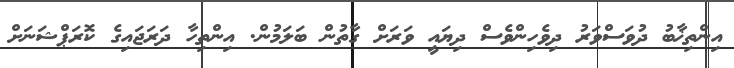
އިންތިޚާބު ދުވަސްވަރު ދިވެހިންވެސް ދިޔައީ ވަރަށް ގާތުން ބަލަމުން. އިންތިހާ ދަރަޖައިގެ ކޮރަޕްޝަނަށް